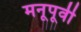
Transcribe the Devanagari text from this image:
मनूपूर्वी